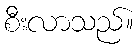
စီးလာသည်။